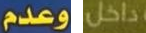
وعدم داخل